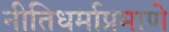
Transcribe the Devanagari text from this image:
नीतिधर्माप्रमाणे